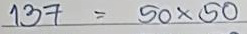
137 = 50 x 50